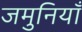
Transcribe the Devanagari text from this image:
जमुनियाँ